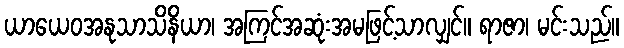
ယာယေဝအနုသာသိနိယာ၊ အကြင်အဆုံးအမဖြင့်သာလျှင်။ ရာဇာ၊ မင်းသည်။